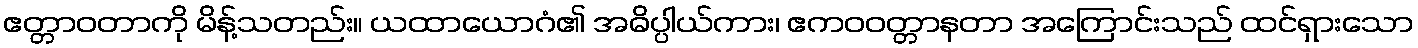
ဧတ္တာဝတာကို မိန့်သတည်း။ ယထာယောဂံ၏ အဓိပ္ပါယ်ကား၊ ဧကဝဝတ္တာနတာ အကြောင်းသည် ထင်ရှားသော